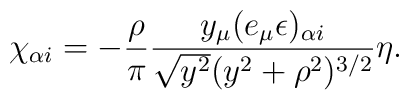
\chi_{\alpha i} = -\frac{\rho}{\pi}\frac{y_{\mu}(e_{\mu}\epsilon)_{\alpha i}}{\sqrt{y^2}(y^2+\rho^2)^{3/2}} \eta.